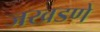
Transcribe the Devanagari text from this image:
जखडणे